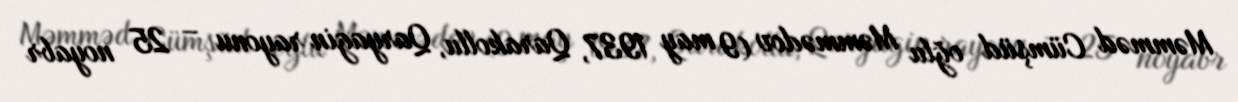
Məmməd Cümşüd oğlu Məmmədov (9 may 1937, Qarakollu, Qaryagin rayonu – 25 noyabr